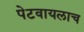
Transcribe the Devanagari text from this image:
पेटवायलाच